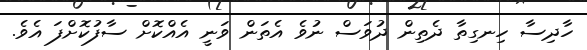
ހާދިސާ ހިނގިތާ ދެތިން ދުވަސް ނުވެ އެތަން ވަނީ އެއްކޮށް ސާފުކޮށްފަ އެވެ.